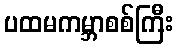
ပထမကမ္ဘာစစ်ကြီး